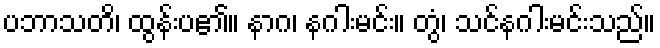
ပဘာသတိ၊ ထွန်းပ၏။ နာဂ၊ နဂါးမင်း။ တွံ၊ သင်နဂါးမင်းသည်။